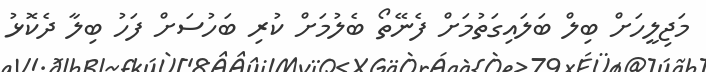
މަޖިލީހަށް ބިލް ބަލައިގަތުމަށް ފެނޭތޯ ބެލުމަށް ކުރި ބަހުސަށް ފަހު ބިލާ ދެކޮޅު